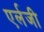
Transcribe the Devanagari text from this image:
एर्लजी